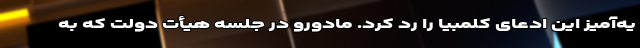
یه‌آمیز این ادعای کلمبیا را رد کرد. مادورو در جلسه هیأت دولت که به